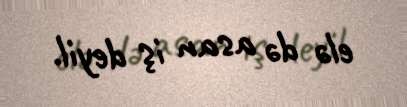
elə də asan iş deyil.